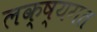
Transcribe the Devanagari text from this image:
लक्ष्यगत